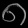
Digit: ၈